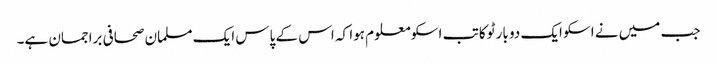
جب میں نے اسکو ایک دو بار ٹوکا تب اسکو معلوم ہوا کہ اس کے پاس ایک مسلمان صحافی براجمان ہے۔